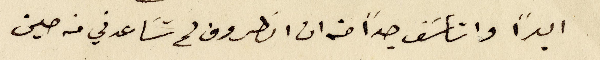
ابداً واتأسَف جداً من ان الظروف لم تسَاعدني من حين